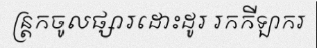
ន្ត្រកចូលផ្សារដោះដូរ រកកីឡាករ